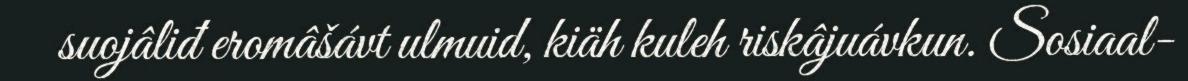
suojâliđ eromâšávt ulmuid, kiäh kuleh riskâjuávkun. Sosiaal-